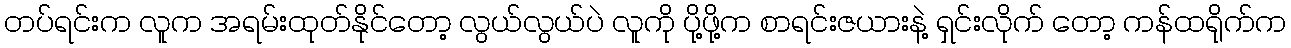
တပ်ရင်းက လူက အရမ်းထုတ်နိုင်တော့ လွယ်လွယ်ပဲ လူကို ပို့ဖို့က စာရင်းဇယားနဲ့ ရှင်းလိုက် တော့ ကန်ထရိုက်က